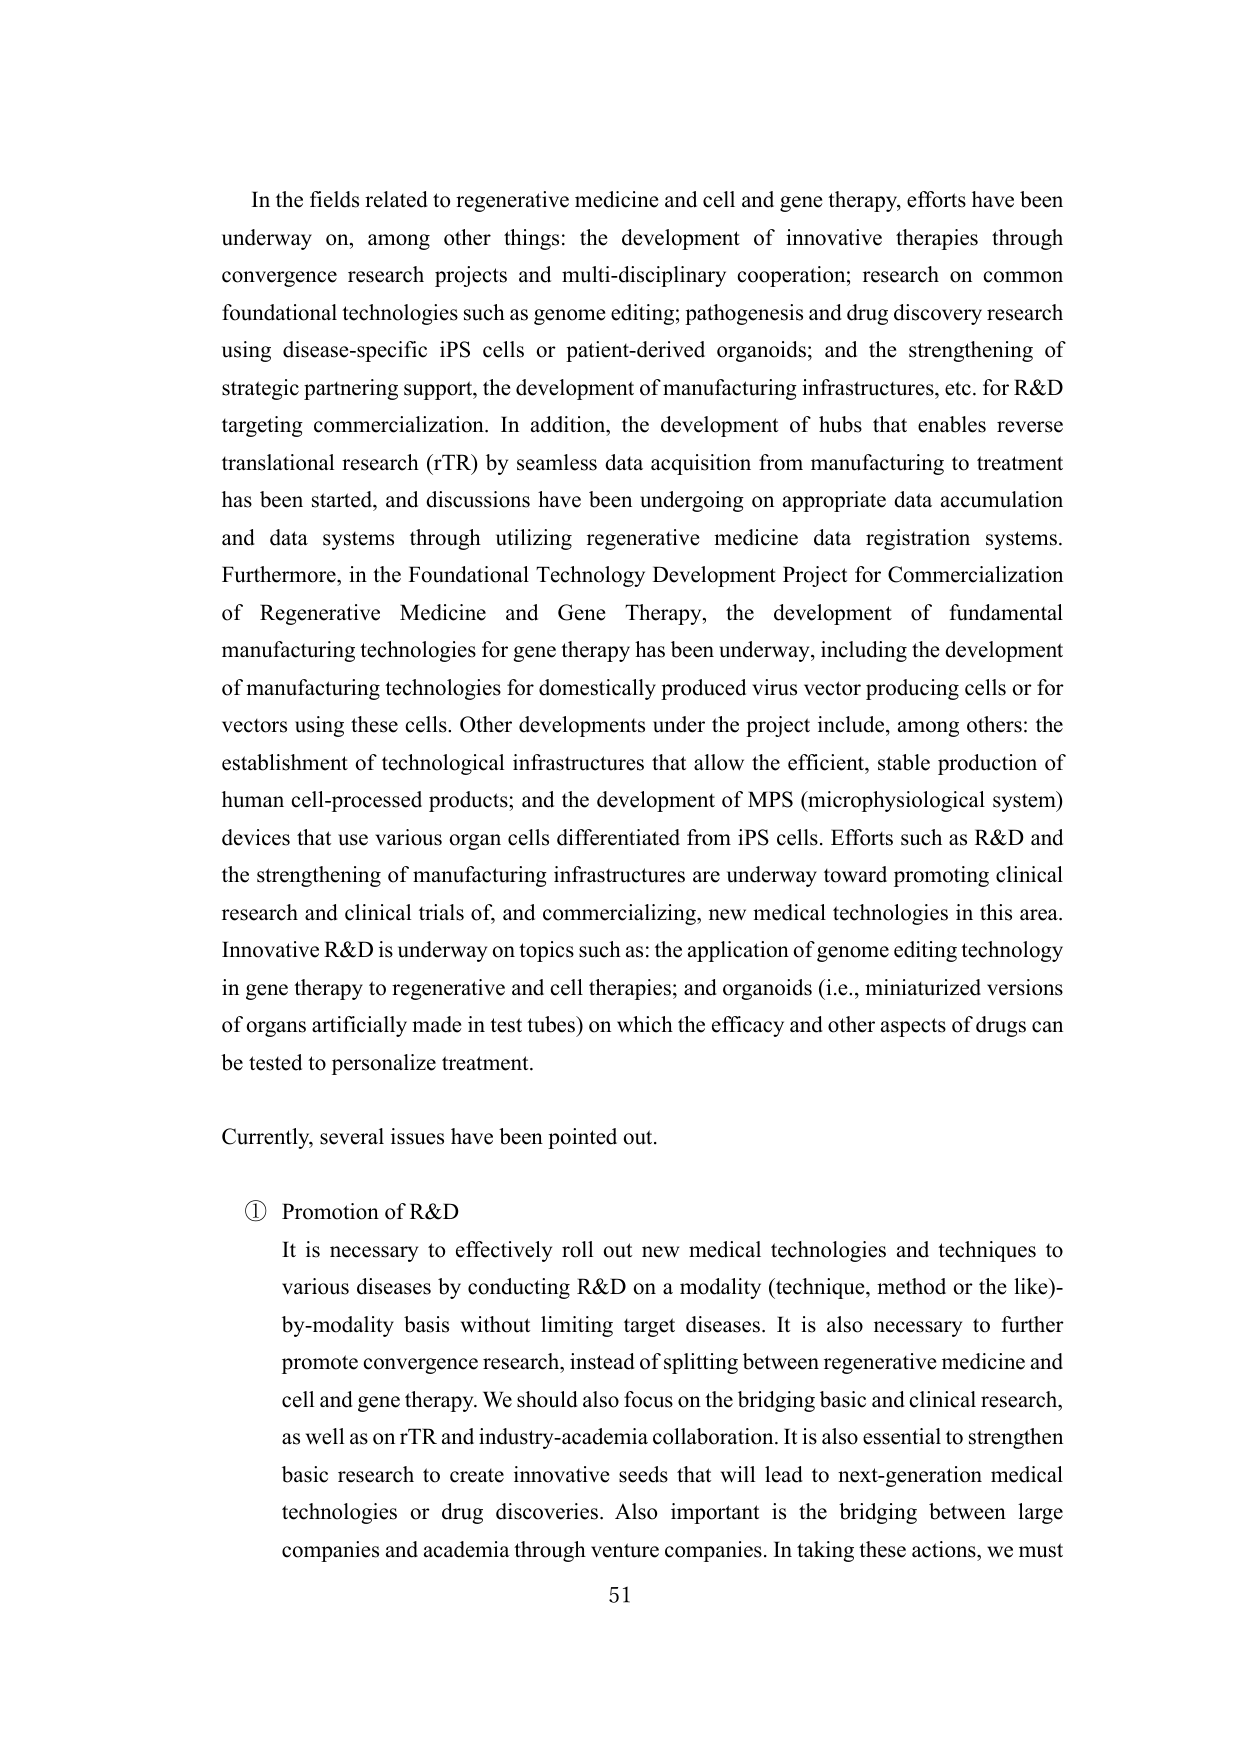
In the fields related to regenerative medicine and cell and gene therapy, efforts have been underway on, among other things: the development of innovative therapies through convergence research projects and multi-disciplinary cooperation; research on common foundational technologies such as genome editing; pathogenesis and drug discovery research using disease-specific iPS cells or patient-derived organoids; and the strengthening of strategic partnering support, the development of manufacturing infrastructures, etc. for R&D targeting commercialization. In addition, the development of hubs that enables reverse translational research (rTR) by seamless data acquisition from manufacturing to treatment has been started, and discussions have been undergoing on appropriate data accumulation and data systems through utilizing regenerative medicine data registration systems. Furthermore, in the Foundational Technology Development Project for Commercialization of Regenerative Medicine and Gene Therapy, the development of fundamental manufacturing technologies for gene therapy has been underway, including the development of manufacturing technologies for domestically produced virus vector producing cells or for vectors using these cells. Other developments under the project include, among others: the establishment of technological infrastructures that allow the efficient, stable production of human cell-processed products; and the development of MPS (microphysiological system) devices that use various organ cells differentiated from iPS cells. Efforts such as R&D and the strengthening of manufacturing infrastructures are underway toward promoting clinical research and clinical trials of, and commercializing, new medical technologies in this area. Innovative R&D is underway on topics such as: the application of genome editing technology in gene therapy to regenerative and cell therapies; and organoids (i.e., miniaturized versions of organs artificially made in test tubes) on which the efficacy and other aspects of drugs can be tested to personalize treatment.

Currently, several issues have been pointed out.

① Promotion of R&D
It is necessary to effectively roll out new medical technologies and techniques to various diseases by conducting R&D on a modality (technique, method or the like)-by-modality basis without limiting target diseases. It is also necessary to further promote convergence research, instead of splitting between regenerative medicine and cell and gene therapy. We should also focus on the bridging basic and clinical research, as well as on rTR and industry-academia collaboration. It is also essential to strengthen basic research to create innovative seeds that will lead to next-generation medical technologies or drug discoveries. Also important is the bridging between large companies and academia through venture companies. In taking these actions, we must

51